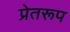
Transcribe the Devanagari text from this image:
प्रेतरूप